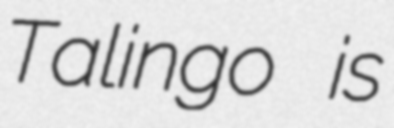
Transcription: Talingo is